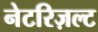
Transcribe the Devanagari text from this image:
नेटरिज़ल्ट